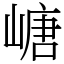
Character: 嵣